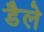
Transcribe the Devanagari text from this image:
डैले